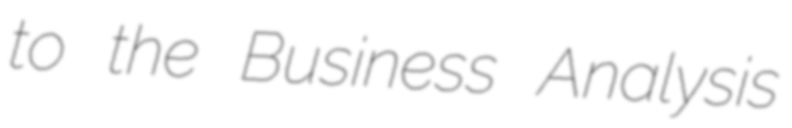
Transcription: to the Business Analysis